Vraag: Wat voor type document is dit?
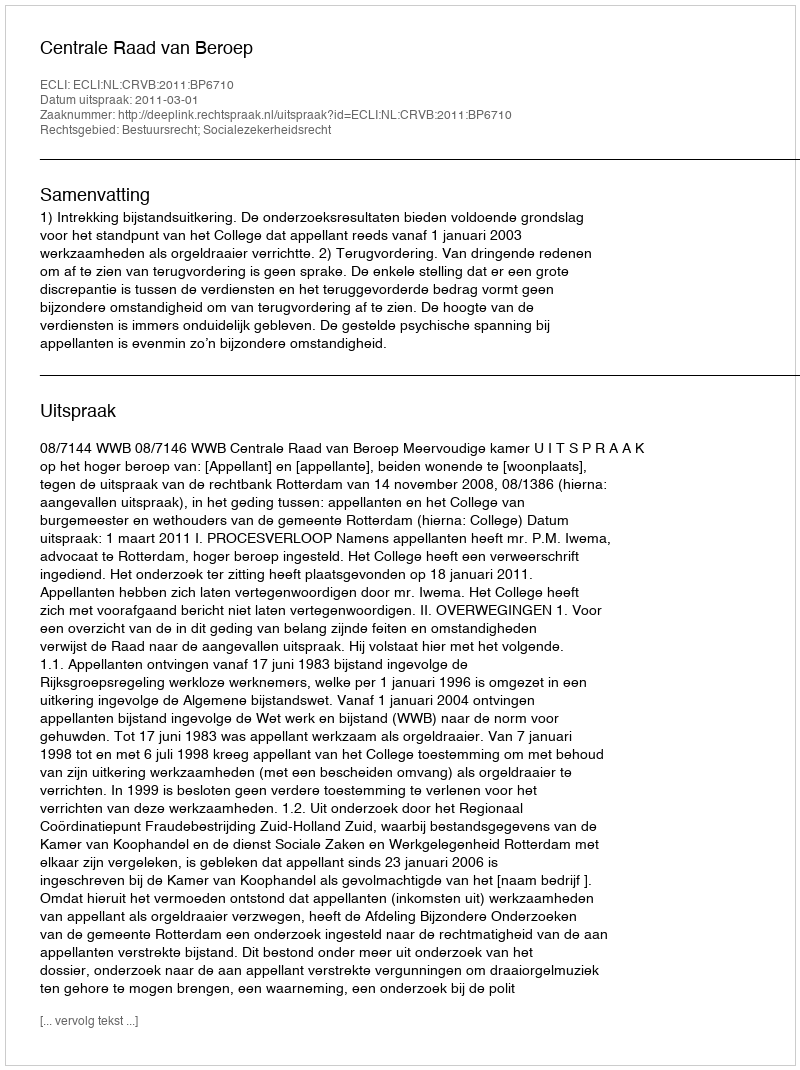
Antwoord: Uitspraak